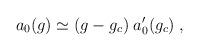
LaTeX: \begin{align*} a_0 (g) \simeq (g - g_c) \; a_0^\prime (g_c) \; ,\end{align*}